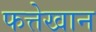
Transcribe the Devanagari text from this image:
फत्तेखान